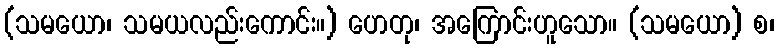
(သမယော၊ သမယလည်းကောင်း။) ဟေတု၊ အကြောင်းဟူသော။ (သမယော) စ၊